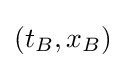
(t_{B},x_{B})